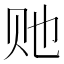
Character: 𰷠